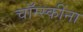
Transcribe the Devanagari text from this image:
चॉम्स्कींना